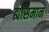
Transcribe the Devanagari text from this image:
ह्यासमान